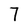
Character: 7